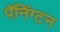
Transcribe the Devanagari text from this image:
पॅनिंग्टन